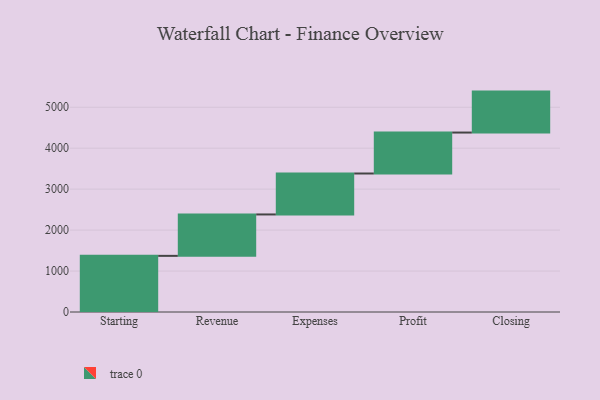
{"axis": {"x": "Step", "y": "Value"}, "legend": [""], "data": [{"x": "Starting", "y": 1371.0, "type": ""}, {"x": "Revenue", "y": 1011.0, "type": ""}, {"x": "Expenses", "y": 1000, "type": ""}, {"x": "Profit", "y": 1000, "type": ""}, {"x": "Closing", "y": 1000, "type": ""}]}